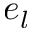
e _ { l }